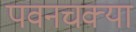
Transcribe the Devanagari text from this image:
पवनचक्या